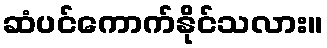
ဆံပင်ကောက်နိုင်သလား။